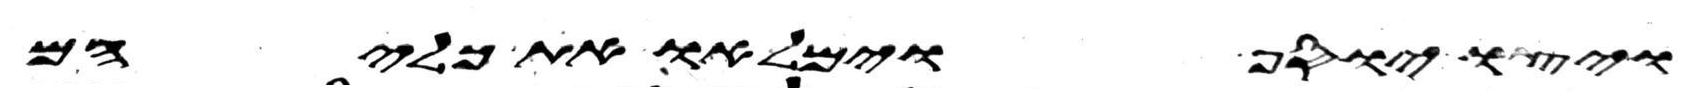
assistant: ויצו יוסף וימלאו את כליהם